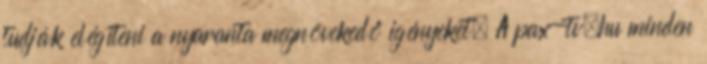
tudják elégíteni a nyaranta megnövekedő igényeket. A pax-tv.hu minden